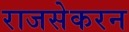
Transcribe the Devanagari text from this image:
राजसेकरन